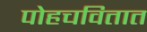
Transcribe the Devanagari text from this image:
पोहचवितात